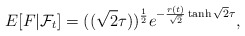
\begin{align*}E[F|\mathcal{F}_{t}]=(( \sqrt{2}\tau )) ^{\frac{1}{2}}e^{-\frac{r(t)}{\sqrt{2}}\tanh \sqrt{2}\tau }, \end{align*}